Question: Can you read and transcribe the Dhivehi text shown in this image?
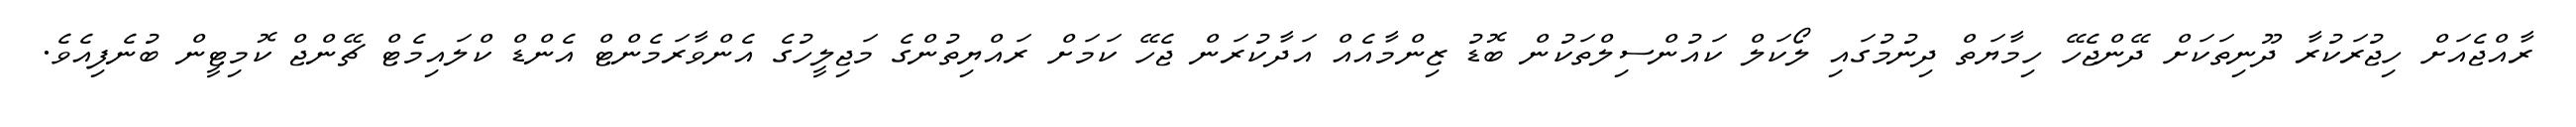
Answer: ރާއްޖެއަށް ހިޖުރަކުރާ ދޫނިތަކަށް ދޭންޖެހޭ ހިމާޔަތް ދިނުމުގައި ލޯކަލް ކައުންސިލްތަކުން ބޮޑު ޒިންމާއެއް އަދާކުރަން ޖެހޭ ކަމަށް ރައްޔިތުންގެ މަޖިލީހުގެ އެންވާރަމެންޓް އެންޑް ކްލައިމެޓް ޗޭންޖް ކޮމިޓީން ބުނެފިއެވެ.